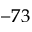
- 7 3